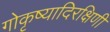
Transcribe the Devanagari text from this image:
गोकृष्यादिरक्षिणी